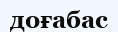
доғабас